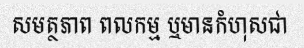
សមត្ថភាព ពលកម្ម ឬមានកំហុសជា